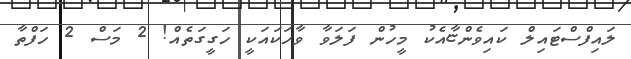
ލައިފްސްޓައިލް ކައިވެންޏާއެކު މީހުން ފަލަވާ ވާހަކައަކީ ހަގީގަތެއް! 2 މަސް 2 ހަފްތާ